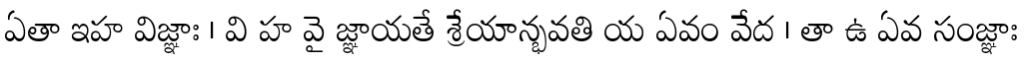
ఏతా ఇహ విజ్ఞాః । వి హ వై జ్ఞాయతే శ్రేయాన్భవతి య ఏవం వేద । తా ఉ ఏవ సంజ్ఞాః